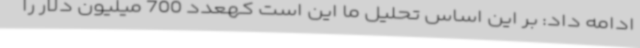
ادامه داد: بر این اساس تحلیل ما این است کهعدد 700 میلیون دلار را